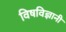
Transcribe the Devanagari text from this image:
विषविज्ञानी